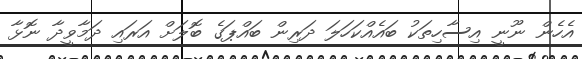
އެހެން ނޫނީ އިސާހިތަކު ބައެއްކަހަލަ ދަރިން ބައްޕަގެ ބޮލަށް އަރައި ދަމާވީދާ ނޮޅާ